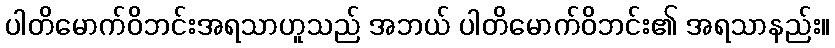
ပါတိမောက်ဝိဘင်းအရသာဟူသည် အဘယ် ပါတိမောက်ဝိဘင်း၏ အရသာနည်း။